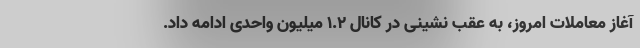
آغاز معاملات امروز، به عقب نشینی در کانال 1.2 میلیون واحدی ادامه داد.